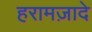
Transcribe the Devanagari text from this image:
हरामज़ादे